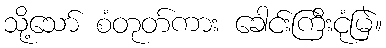
သို့သော် စံတုတ်ကား ခေါင်းကြီးငုံမြဲ။